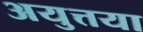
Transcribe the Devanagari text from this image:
अयुत्तया